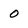
Character: 0